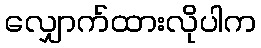
လျှောက်ထားလိုပါက